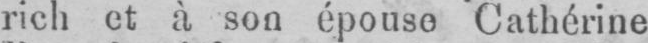
rich et à son épouse Cathérine